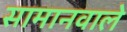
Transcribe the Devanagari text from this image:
सामानवाले